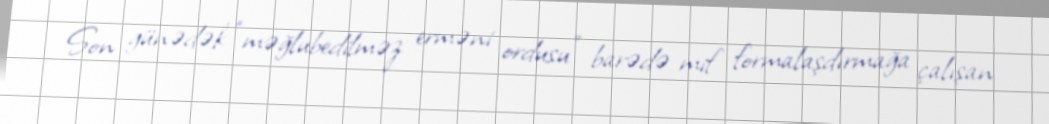
Son günədək “məğlubedilməz erməni ordusu” barədə mif formalaşdırmağa çalışan